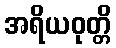
အရိယဝုတ္တိ